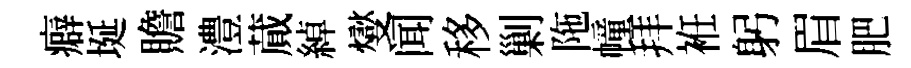
癖埏贍澧蕆綽燮闻移剿陁幢拜袵躬眉肥